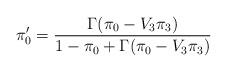
LaTeX: \begin{align*}\pi_0'=\frac{\Gamma(\pi_0-V_3\pi_3)}{1-\pi_0+\Gamma(\pi_0-V_3\pi_3)}\end{align*}